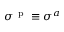
\boldsymbol { \sigma } ^ { \mathrm { ~ p ~ } } \equiv \boldsymbol { \sigma } ^ { a }